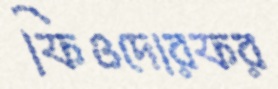
ফিওদোরফর